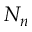
N _ { n }